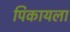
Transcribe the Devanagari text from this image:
पिकायला